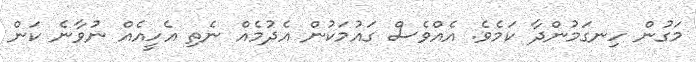
މަގުން ހިނގަމުންދާ ކަމެވެ. އެއްވެސް ގައުމަކުން އެދުމެއް ނެތި އެހީއެއް ނުވާނެ ކަން